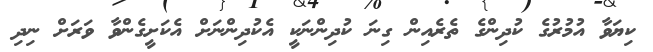
ކިޔަވާ އުމުރުގެ ކުދިންގެ ތެރެއިން ގިނަ ކުދިންނަކީ އެކުދިންނަށް އެކަށީގެންވާ ވަރަށް ނިދި